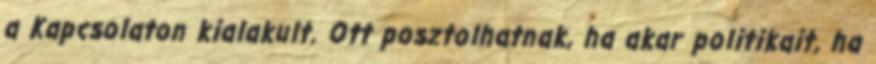
a Kapcsolaton kialakult. Ott posztolhatnak, ha akar politikait, ha